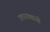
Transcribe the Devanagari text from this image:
उत्तरायणाची